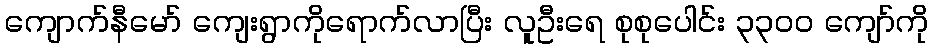
ကျောက်နီမော် ကျေးရွာကိုရောက်လာပြီး လူဦးရေ စုစုပေါင်း ၃၃၀၀ ကျော်ကို